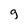
Character: g